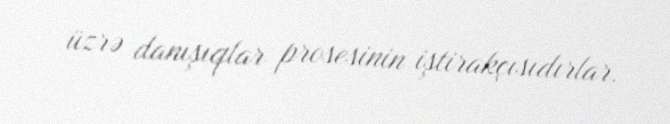
üzrə danışıqlar prosesinin iştirakçısıdırlar.